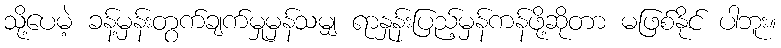
သို့ပေမဲ့ ခန့်မှန်းတွက်ချက်မှုမှန်သမျှ ရာနှုန်းပြည့်မှန်ကန်ဖို့ဆိုတာ မဖြစ်နိုင် ပါဘူး။